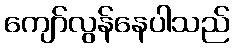
ကျော်လွန်နေပါသည်